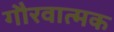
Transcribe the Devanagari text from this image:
गौरवात्मक